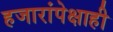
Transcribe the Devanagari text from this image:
हजारांपेक्षाही